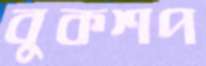
বুকশপ